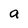
Character: a